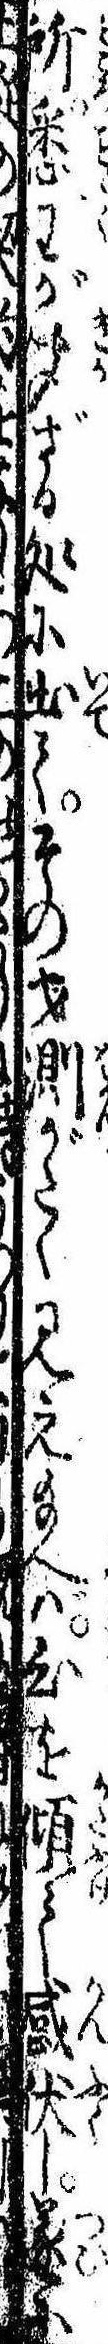
所悉わが聞ざる処に出てその才測がたく見え給へば心を傾て感伏し遂に